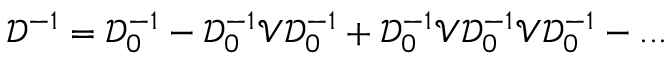
{ \mathcal D } ^ { - 1 } = { \mathcal D } _ { 0 } ^ { - 1 } - { \mathcal D } _ { 0 } ^ { - 1 } { \mathcal V } { \mathcal D } _ { 0 } ^ { - 1 } + { \mathcal D } _ { 0 } ^ { - 1 } { \mathcal V } { \mathcal D } _ { 0 } ^ { - 1 } { \mathcal V } { \mathcal D } _ { 0 } ^ { - 1 } - . . .